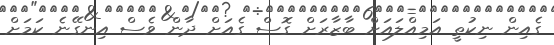
ގެއިން ނިކުތީ އަމިއްލައަށް ބާޒާރަށް ގޮސް ގެއަށް ދާން ވެސް އިނގޭނެ ކަމަށް